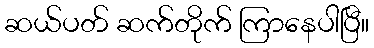
ဆယ်ပတ် ဆက်တိုက် ကြာနေပါပြီ။